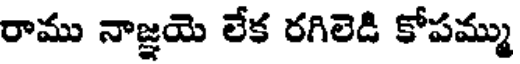
రాము నాజ్ఞయె లేక రగిలెడి కోపమ్ము